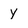
Character: y